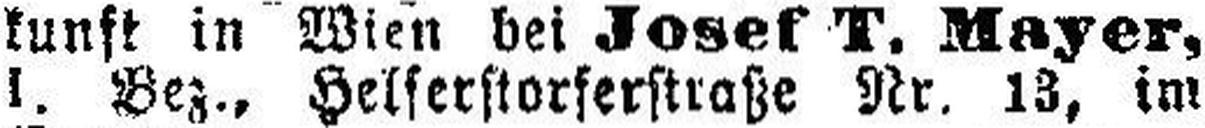
1. Bez., Helferstorferstraße Nr. 13, im